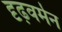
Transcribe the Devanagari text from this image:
दृढ़वर्मन